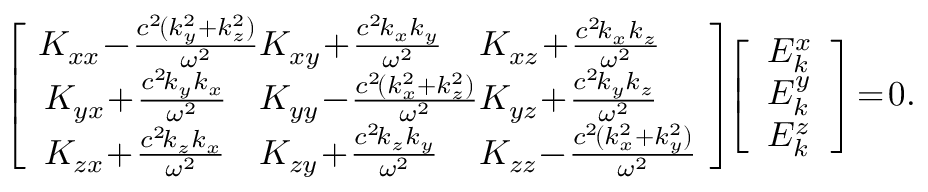
\begin{array} { r l } & { \left[ \begin{array} { l l l } { \! K _ { x x } \! - \! \frac { c ^ { 2 } \! ( k _ { y } ^ { 2 } + k _ { z } ^ { 2 } ) } { \omega ^ { 2 } } \! \! \! } & { \! \! \! K _ { x y } \! + \! \frac { c ^ { 2 } \! k _ { x } k _ { y } } { \omega ^ { 2 } } \! \! \! } & { \! \! \! K _ { x z } \! + \! \frac { c ^ { 2 } \! k _ { x } k _ { z } } { \omega ^ { 2 } } } \\ { K _ { y x } \! + \! \frac { c ^ { 2 } \! k _ { y } k _ { x } } { \omega ^ { 2 } } \! \! \! } & { \! \! \! K _ { y y } \! - \! \frac { c ^ { 2 } \! ( k _ { x } ^ { 2 } + k _ { z } ^ { 2 } ) } { \omega ^ { 2 } } \! \! \! } & { \! \! \! K _ { y z } \! + \! \frac { c ^ { 2 } \! k _ { y } k _ { z } } { \omega ^ { 2 } } } \\ { K _ { z x } \! + \! \frac { c ^ { 2 } \! k _ { z } k _ { x } } { \omega ^ { 2 } } \! \! \! } & { \! \! \! K _ { z y } \! + \! \frac { c ^ { 2 } \! k _ { z } k _ { y } } { \omega ^ { 2 } } \! \! \! } & { \! \! \! K _ { z z } \! - \! \frac { c ^ { 2 } \! ( k _ { x } ^ { 2 } + k _ { y } ^ { 2 } ) } { \omega ^ { 2 } } \! } \end{array} \right] \! \! \left[ \begin{array} { l } { E _ { k } ^ { x } } \\ { E _ { k } ^ { y } } \\ { E _ { k } ^ { z } } \end{array} \right] \! = \! 0 . } \end{array}